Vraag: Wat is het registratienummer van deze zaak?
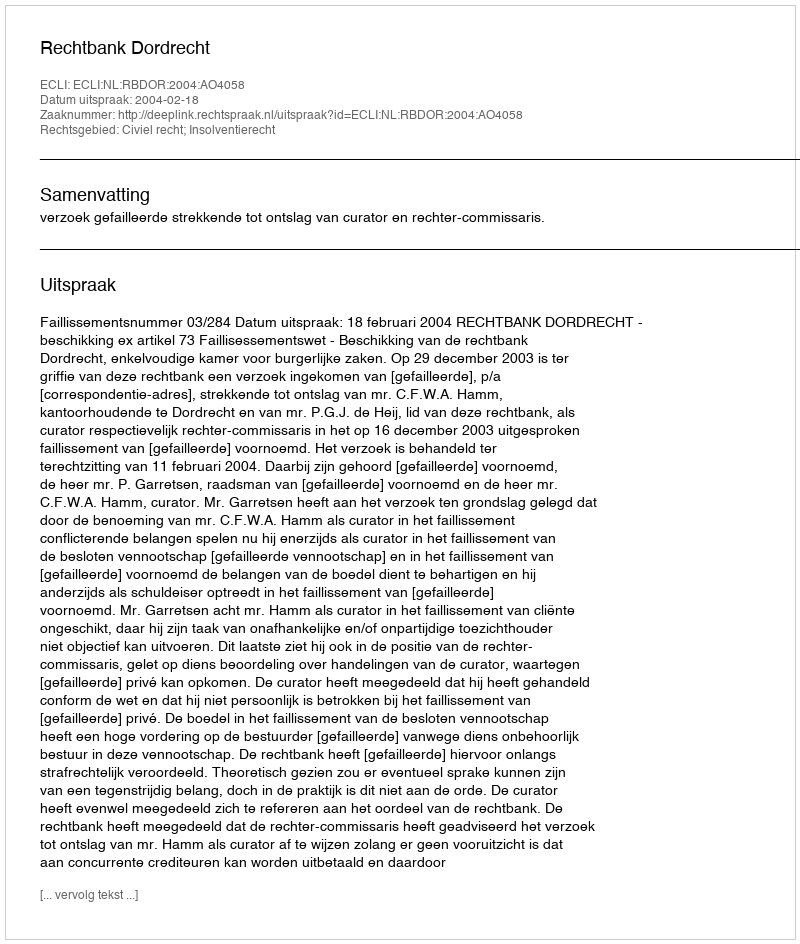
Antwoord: http://deeplink.rechtspraak.nl/uitspraak?id=ECLI:NL:RBDOR:2004:AO4058